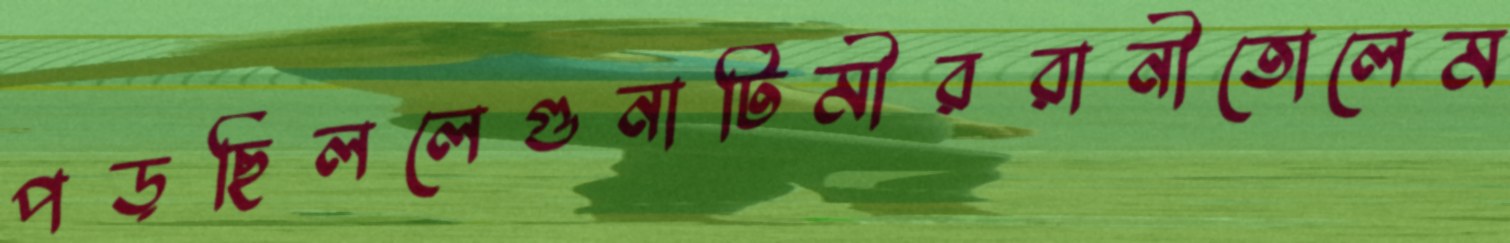
পড়ছিললেগুনাটিমীররানীতোলেম